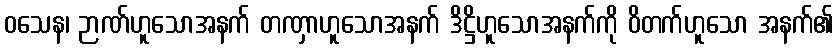
ဝသေန၊ ဉာဏ်ဟူသောအနက် တဏှာဟူသောအနက် ဒိဋ္ဌိဟူသောအနက်ကို ဝိတက်ဟူသော အနက်၏